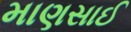
માણસાઈ